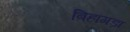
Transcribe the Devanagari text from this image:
बिहागड़ा